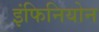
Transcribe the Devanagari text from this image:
इंफिनियोन